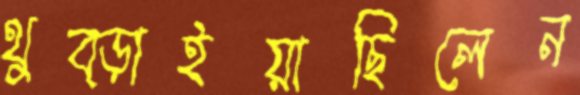
থুব্‌ড়াইয়াছিলেন